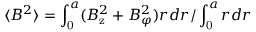
\langle B ^ { 2 } \rangle = \int _ { \mathrm { 0 } } ^ { a } ( B _ { \mathrm { z } } ^ { 2 } + B _ { \varphi } ^ { 2 } ) r d r / \int _ { \mathrm { 0 } } ^ { a } r d r